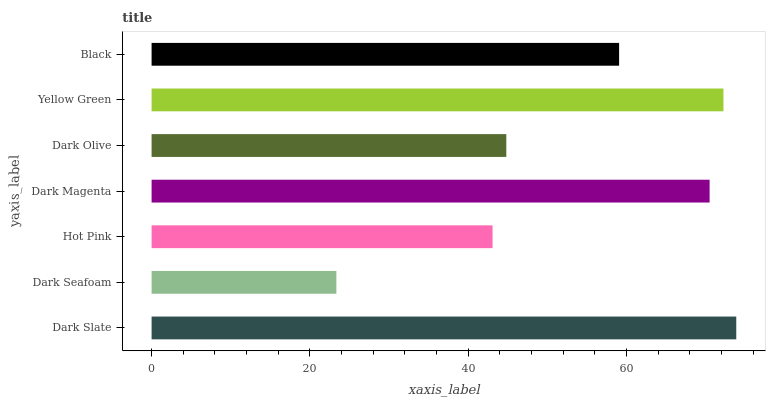
| yaxis_label | bars |
 | --- | --- |
 | Dark Slate | 73.9 |
 | Dark Seafoam | 23.3 |
 | Hot Pink | 43.1 |
 | Dark Magenta | 70.5 |
 | Dark Olive | 44.8 |
 | Yellow Green | 72.2 |
 | Black | 59.1 |